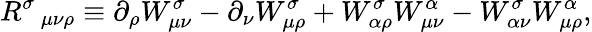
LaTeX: R^{\sigma}\, _{\mu\nu\rho}\equiv\partial_{\rho}W_{\mu\nu}^{\sigma}-\partial_{\nu}W_{\mu\rho}^{\sigma}+W_{\alpha\rho}^{\sigma}W_{\mu\nu}^{\alpha}-W_{\alpha\nu}^{\sigma}W_{\mu\rho}^{\alpha},